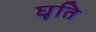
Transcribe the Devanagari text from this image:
घृति